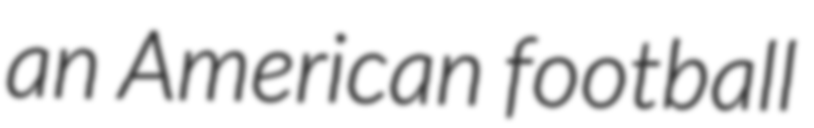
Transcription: an American football